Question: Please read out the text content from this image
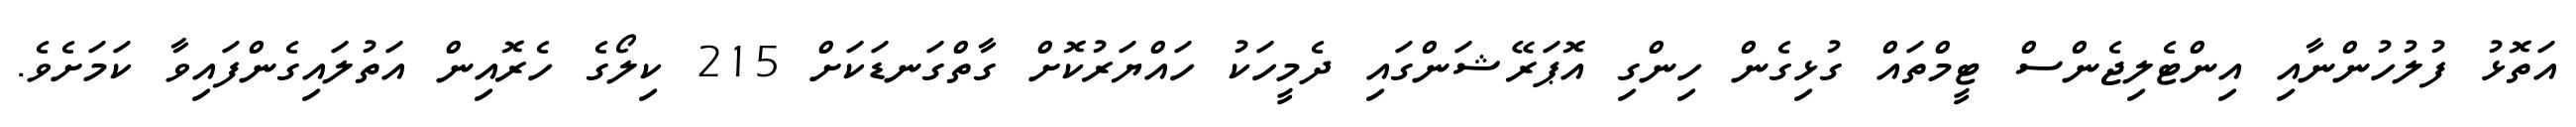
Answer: އަތޮޅު ފުލުހުންނާއި އިންޓެލިޖެންސް ޓީމްތައް ގުޅިގެން ހިންގި އޮޕަރޭޝަންގައި ދެމީހަކު ހައްޔަރުކޮށް ގާތްގަނޑަކަށް 215 ކިލޯގެ ހެރޮއިން އަތުލައިގެންފައިވާ ކަމަށެވެ.